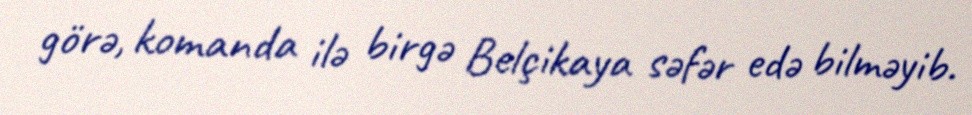
görə, komanda ilə birgə Belçikaya səfər edə bilməyib.